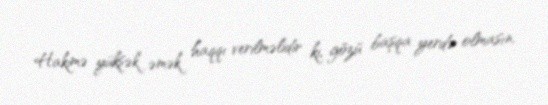
Hakimə yüksək əmək haqqı verilməlidir ki, gözü başqa yerdə olmasın,